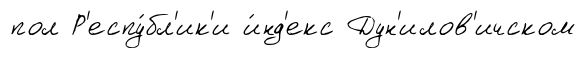
пол Р'еспу́бл'ик'и и́нд'екс Дун'илов'ичском